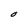
Character: O